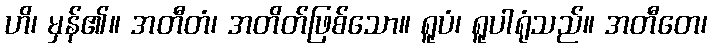
ဟိ၊ မှန်၏။ အတီတံ၊ အတိတ်ဖြစ်သော။ ရူပံ၊ ရူပါရုံသည်။ အတီတေ၊